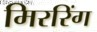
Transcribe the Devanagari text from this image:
मिररिंग